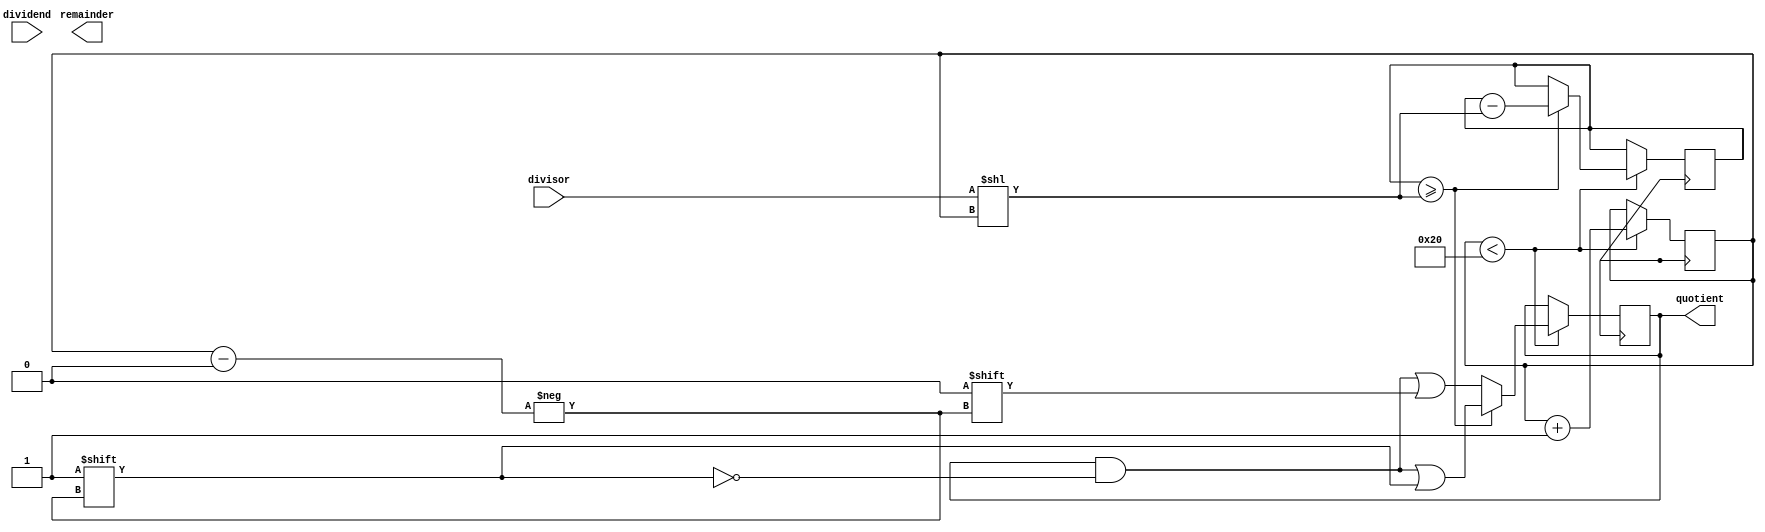
module shift_subtract_divider (
    input signed [31:0] dividend,
    input signed [31:0] divisor,
    output reg signed [31:0] quotient,
    output reg signed [31:0] remainder
);

reg signed [31:0] shift_reg;
reg signed [31:0] shifted_divisor;
reg [4:0] count;

always @ (posedge clk)
begin
    if (count < 32) begin
        shifted_divisor = divisor << count;
        
        if (shift_reg >= shifted_divisor) begin
            shift_reg = shift_reg - shifted_divisor;
            quotient[count] = 1;
        end
        else begin
            quotient[count] = 0;
        end
        
        count = count + 1;
    end
end

endmodule